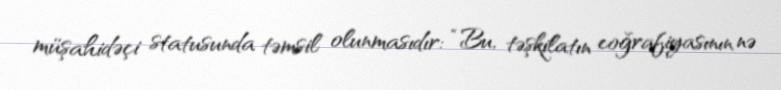
müşahidəçi statusunda təmsil olunmasıdır: “Bu, təşkilatın coğrafiyasının nə